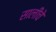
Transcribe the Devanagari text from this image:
सालींचे